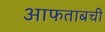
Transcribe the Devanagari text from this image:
आफताबची